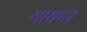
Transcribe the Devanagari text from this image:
गायगर